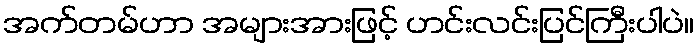
အက်တမ်ဟာ အများအားဖြင့် ဟင်းလင်းပြင်ကြီးပါပဲ။